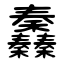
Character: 䆐